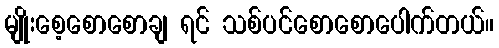
မျိုးစေ့စောစောချ ရင် သစ်ပင်စောစောပေါက်တယ်။